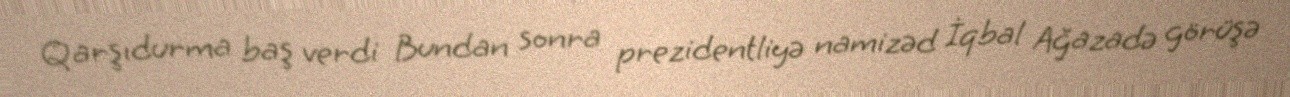
Qarşıdurma baş verdi Bundan sonra prezidentliyə namizəd İqbal Ağazadə görüşə